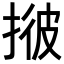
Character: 𢯏